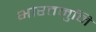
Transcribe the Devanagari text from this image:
भारतमुनि